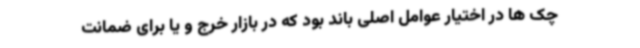
چک ها در اختیار عوامل اصلی باند بود که در بازار خرج و یا برای ضمانت